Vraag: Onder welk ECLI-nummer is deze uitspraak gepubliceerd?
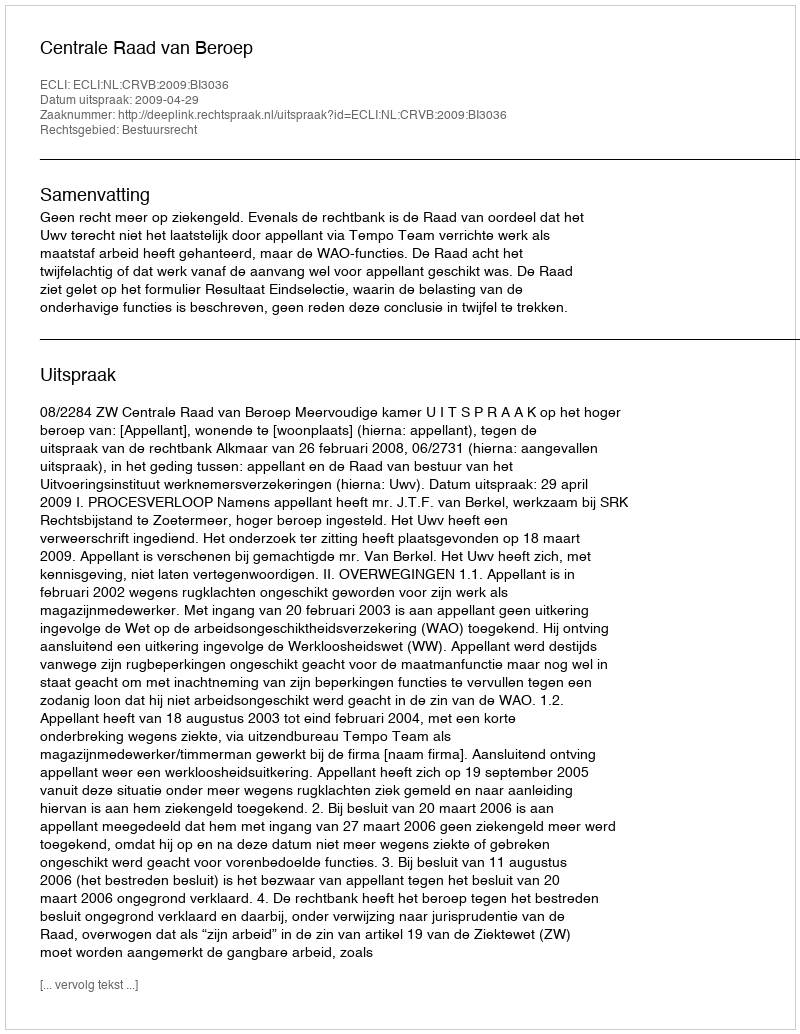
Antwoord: ECLI:NL:CRVB:2009:BI3036